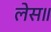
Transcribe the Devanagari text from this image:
लेस॥